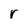
Character: r